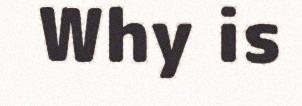
Why is